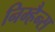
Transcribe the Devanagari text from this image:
निम्हैन्स